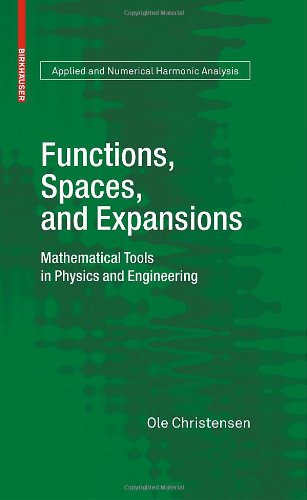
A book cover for Functions, Spaces, and Expansions: Mathematical Tools in Physics and Engineering (Applied and Numerical Harmonic Analysis); Ole Christensen; Science & Math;